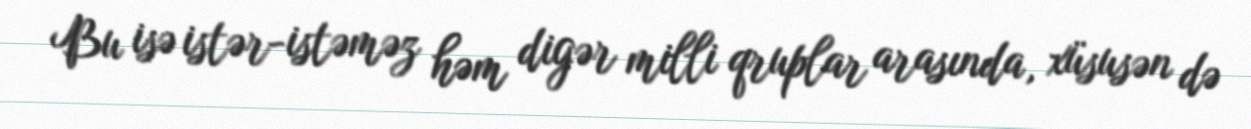
Bu isə istər-istəməz həm digər milli qruplar arasında, xüsusən də